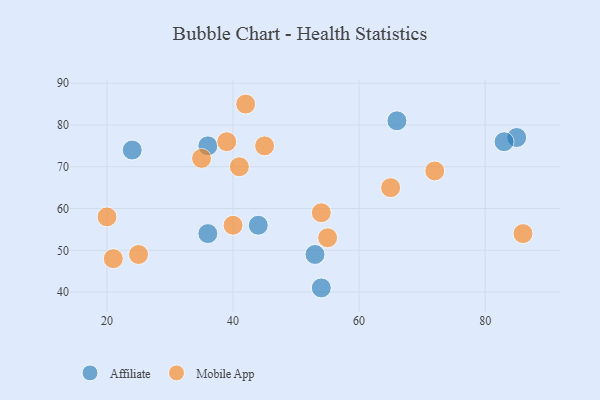
{"axis": {"x": "GDP", "y": "Life Expectancy"}, "legend": ["Affiliate", "Mobile App"], "data": [{"x": "54", "y": 41, "type": "Affiliate"}, {"x": "44", "y": 56, "type": "Affiliate"}, {"x": "66", "y": 81, "type": "Affiliate"}, {"x": "53", "y": 49, "type": "Affiliate"}, {"x": "85", "y": 77, "type": "Affiliate"}, {"x": "24", "y": 74, "type": "Affiliate"}, {"x": "36", "y": 75, "type": "Affiliate"}, {"x": "83", "y": 76, "type": "Affiliate"}, {"x": "36", "y": 54, "type": "Affiliate"}, {"x": "20", "y": 58, "type": "Mobile App"}, {"x": "65", "y": 65, "type": "Mobile App"}, {"x": "42", "y": 85, "type": "Mobile App"}, {"x": "39", "y": 76, "type": "Mobile App"}, {"x": "25", "y": 49, "type": "Mobile App"}, {"x": "55", "y": 53, "type": "Mobile App"}, {"x": "21", "y": 48, "type": "Mobile App"}, {"x": "86", "y": 54, "type": "Mobile App"}, {"x": "54", "y": 59, "type": "Mobile App"}, {"x": "72", "y": 69, "type": "Mobile App"}, {"x": "40", "y": 56, "type": "Mobile App"}, {"x": "35", "y": 72, "type": "Mobile App"}, {"x": "41", "y": 70, "type": "Mobile App"}, {"x": "45", "y": 75, "type": "Mobile App"}]}